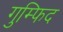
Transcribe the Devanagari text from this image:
गुम्फिद